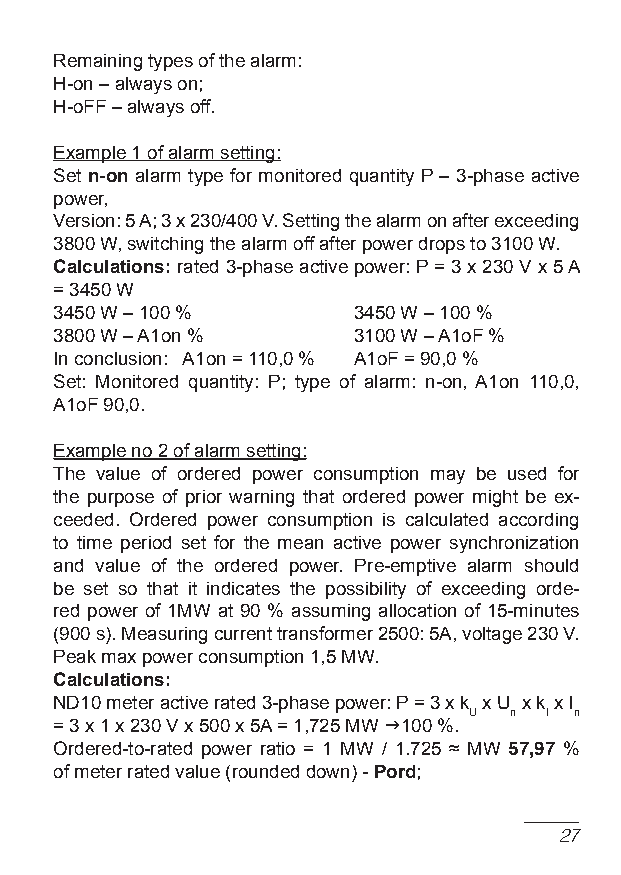
Remaining types of the alarm:
 H-on – always on;
 H-off – always off.
 example 1 of alarm setting:
 Set n-on alarm type for monitored quantity P – 3-phase active
 power,
 Version: 5 A; 3 x 230/400 V. Setting the alarm on after exceeding
 3800 W, switching the alarm off after power drops to 3100 W.
 Calculations: rated 3-phase active power: P = 3 x 230 V x 5 A
 = 3450 W
 3450 W – 100 %     3450 W – 100 %
 3800 W – A1on %    3100 W – A1of %
 In conclusion: A1on = 110,0 % A1of = 90,0 %
 Set: Monitored quantity: P; type of alarm: n-on, A1on 110,0,
 A1of 90,0.
 example no 2 of alarm setting:
 The value of ordered power consumption may be used for
 the purpose of prior warning that ordered power might be ex-
 ceeded. Ordered power consumption is calculated according
 to time period set for the mean active power synchronization
 and value of the ordered power. Pre-emptive alarm should
 be set so that it indicates the possibility of exceeding orde-
 red power of 1MW at 90 % assuming allocation of 15-minutes
 (900 s). Measuring current transformer 2500: 5A, voltage 230 V.
 Peak max power consumption 1,5 MW.
 Calculations:
 ND10 meter active rated 3-phase power: P = 3 x k x u x k x I
 u  n I n
 = 3 x 1 x 230 V x 500 x 5A = 1,725 MW g100 %.
 Ordered-to-rated power ratio = 1 MW / 1.725 ≈ MW 57,97 %
 of meter rated value (rounded down) - Pord;
 